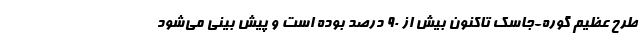
طرح عظیم گوره-جاسک تاکنون بیش از ٩٠ درصد بوده است و پیش بینی می‌شود